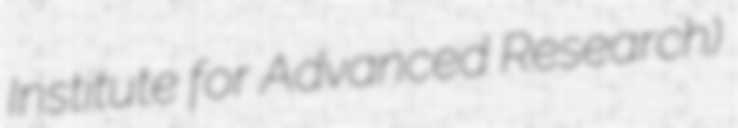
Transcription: Institute for Advanced Research)